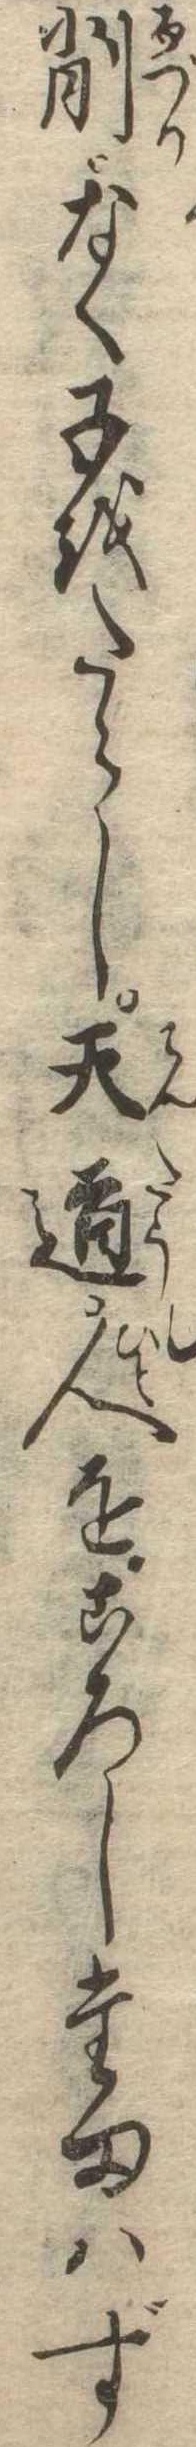
削なく子をたらし天道人をころしたまはず